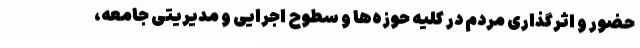
حضور و اثرگذاری مردم در کلیه حوزه‌ها و سطوح اجرایی و مدیریتی جامعه،